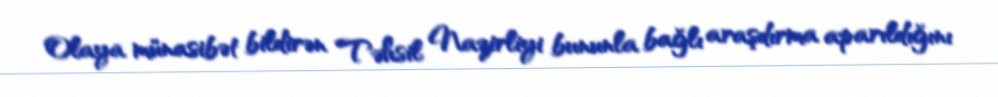
Olaya münasibət bildirən Təhsil Nazirliyi bununla bağlı araşdırma aparıldığını